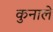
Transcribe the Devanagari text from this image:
कुनाले